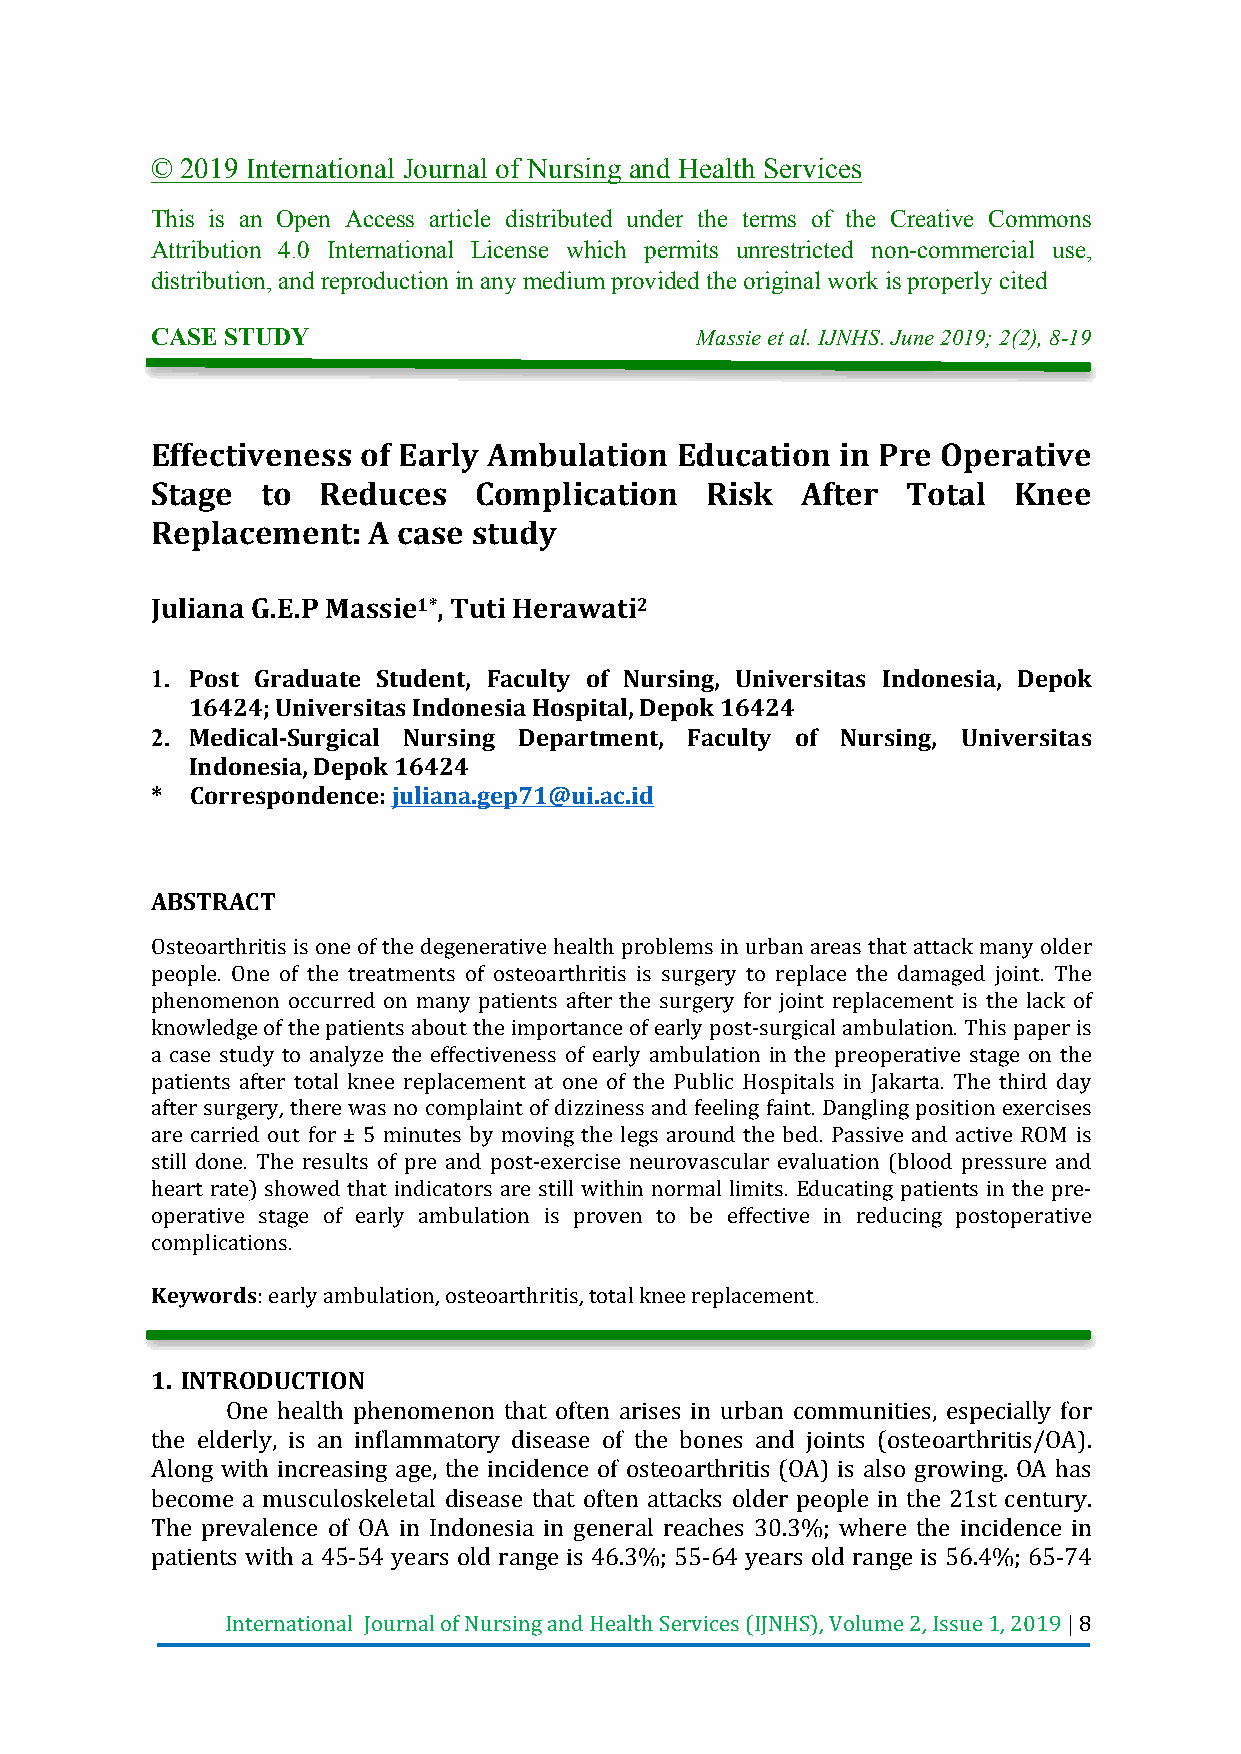
© 2019 International Journal of Nursing and Health Services
 This is an Open Access article distributed under the terms of the Creative Commons
 Attribution 4.0 International License which permits unrestricted non-commercial use,
 distribution, and reproduction in any medium provided the original work is properly cited
 CASE STUDY                          Massie et al. IJNHS. June 2019; 2(2), 8-19
 Effectiveness of Early Ambulation  Education  in Pre Operative
 Stage  to  Reduces   Complication    Risk  After  Total  Knee
 Replacement:  A case study
 Juliana G.E.P Massie1*, Tuti Herawati2
 1. Post Graduate Student, Faculty of Nursing, Universitas Indonesia, Depok
 16424; Universitas Indonesia Hospital, Depok 16424
 2. Medical-Surgical Nursing Department, Faculty of Nursing, Universitas
 Indonesia, Depok 16424
 *  Correspondence: juliana.gep71@ui.ac.id
 ABSTRACT
 Osteoarthritis is one of the degenerative health problems in urban areas that attack many older
 people. One of the treatments of osteoarthritis is surgery to replace the damaged joint. The
 phenomenon occurred on many patients after the surgery for joint replacement is the lack of
 knowledge of the patients about the importance of early post-surgical ambulation. This paper is
 a case study to analyze the effectiveness of early ambulation in the preoperative stage on the
 patients after total knee replacement at one of the Public Hospitals in Jakarta. The third day
 after surgery, there was no complaint of dizziness and feeling faint. Dangling position exercises
 are carried out for ± 5 minutes by moving the legs around the bed. Passive and active ROM is
 still done. The results of pre and post-exercise neurovascular evaluation (blood pressure and
 heart rate) showed that indicators are still within normal limits. Educating patients in the pre-
 operative stage of early ambulation is proven to be effective in reducing postoperative
 complications.
 Keywords: early ambulation, osteoarthritis, total knee replacement.
 1. INTRODUCTION
 One health phenomenon that often arises in urban communities, especially for
 the elderly, is an inflammatory disease of the bones and joints (osteoarthritis/OA).
 Along with increasing age, the incidence of osteoarthritis (OA) is also growing. OA has
 become a musculoskeletal disease that often attacks older people in the 21st century.
 The prevalence of OA in Indonesia in general reaches 30.3%; where the incidence in
 patients with a 45-54 years old range is 46.3%; 55-64 years old range is 56.4%; 65-74
 International Journal of Nursing and Health Services (IJNHS), Volume 2, Issue 1, 2019 | 8